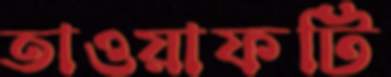
তাওয়াফটি